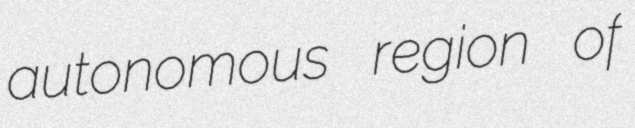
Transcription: autonomous region of